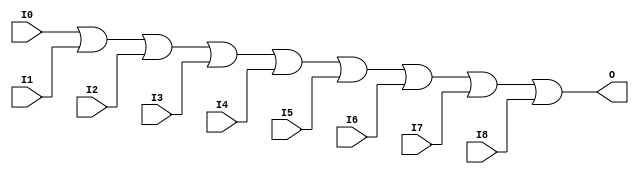
module X_OR9 (O, I0, I1, I2, I3, I4, I5, I6, I7, I8);

  parameter LOC = "UNPLACED";
  output O;
  input I0, I1, I2, I3, I4, I5, I6, I7, I8;

  or (O, I0, I1, I2, I3, I4, I5, I6, I7, I8);

  specify

	(I0 => O) = (0:0:0, 0:0:0);
	(I1 => O) = (0:0:0, 0:0:0);
	(I2 => O) = (0:0:0, 0:0:0);
	(I3 => O) = (0:0:0, 0:0:0);
	(I4 => O) = (0:0:0, 0:0:0);
	(I5 => O) = (0:0:0, 0:0:0);
	(I6 => O) = (0:0:0, 0:0:0);
	(I7 => O) = (0:0:0, 0:0:0);
	(I8 => O) = (0:0:0, 0:0:0);

	specparam PATHPULSE$ = 0;

  endspecify

endmodule